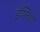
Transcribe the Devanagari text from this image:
इंग्‍लिश